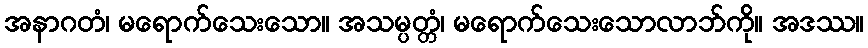
အနာဂတံ၊ မရောက်သေးသော။ အသမ္ပတ္တံ၊ မရောက်သေးသောလာဘ်ကို။ အဒဿ။